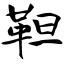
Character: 靼